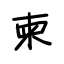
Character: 柬